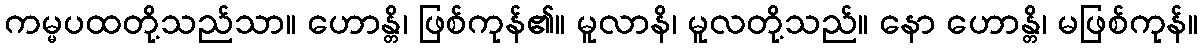
ကမ္မပထတို့သည်သာ။ ဟောန္တိ၊ ဖြစ်ကုန်၏။ မူလာနိ၊ မူလတို့သည်။ နော ဟောန္တိ၊ မဖြစ်ကုန်။